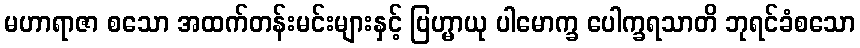
မဟာရာဇာ စသော အထက်တန်းမင်းများနှင့် ဗြဟ္မာယု ပါမောက္ခ ပေါက္ခရသာတိ ဘုရင်ခံစသော